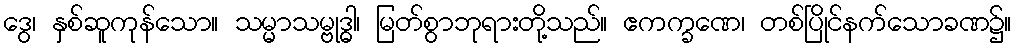
ဒွေ၊ နှစ်ဆူကုန်သော။ သမ္မာသမ္ဗုဒ္ဓါ၊ မြတ်စွာဘုရားတို့သည်။ ဧကက္ခဏေ၊ တစ်ပြိုင်နက်သောခဏ၌။